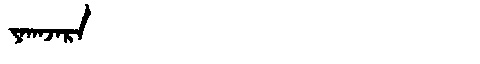
Manchu: ᠶᠠᡴᠠᠵᠠᡵᠠ
Romanization: YAKAJARA